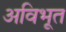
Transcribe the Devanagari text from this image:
अविभूत